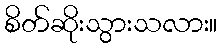
စိတ်ဆိုးသွားသလား။